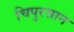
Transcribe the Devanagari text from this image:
चिपुरसान